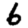
Digit: 6